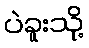
ပဲခူးသို့